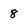
Character: 8